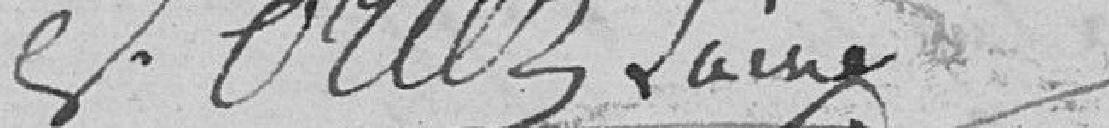
Oriez, Lainé